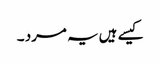
کیسے ہیں یہ مرد ۔